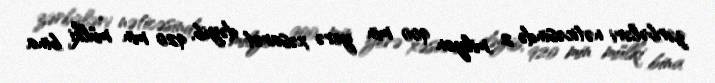
zərbələri nəticəsində 2 milyon 900 min yerə xəsarət dəyib, 920 min mülki bina